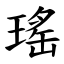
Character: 瑤